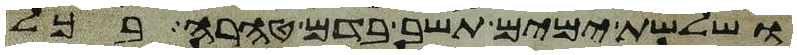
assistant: ושלשת ימים תשב בדם טהרה בכל